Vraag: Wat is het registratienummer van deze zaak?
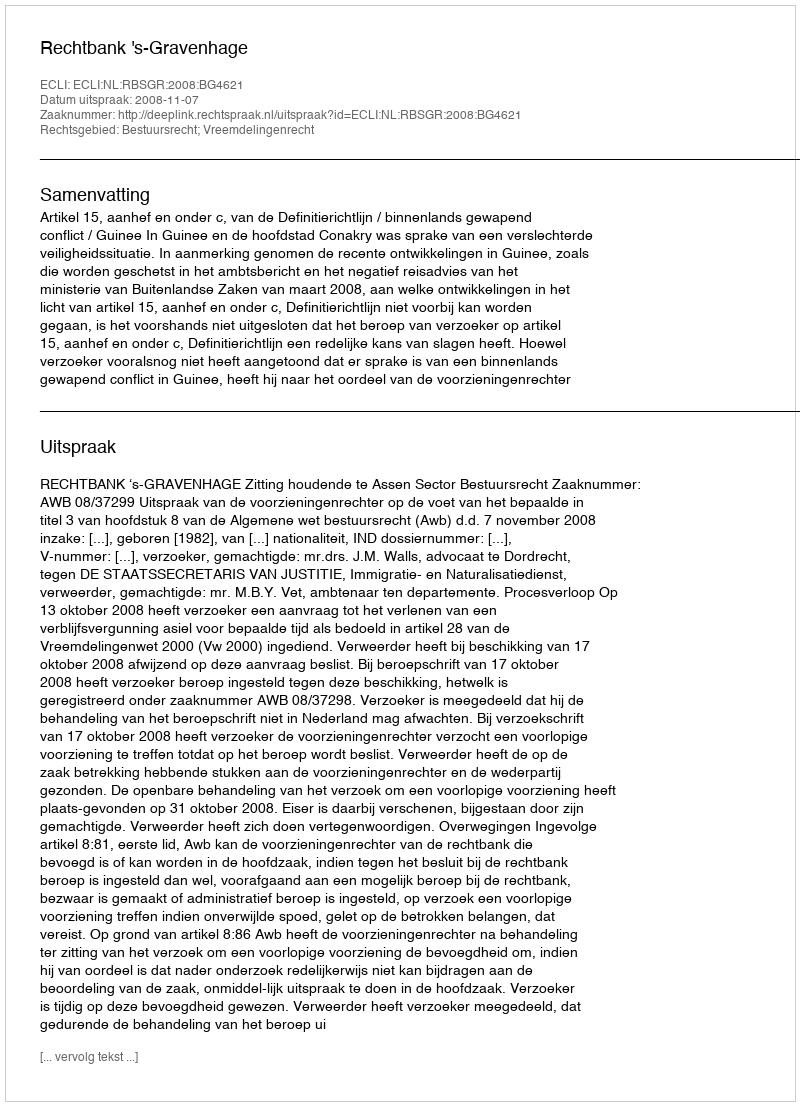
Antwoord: http://deeplink.rechtspraak.nl/uitspraak?id=ECLI:NL:RBSGR:2008:BG4621